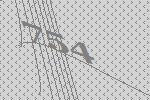
754